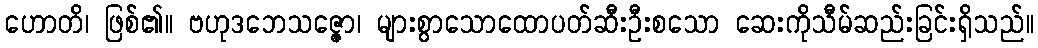
ဟောတိ၊ ဖြစ်၏။ ဗဟုဒဘေသဇ္ဇော၊ များစွာသောထောပတ်ဆီးဦးစသော ဆေးကိုသီမ်ဆည်းခြင်းရှိသည်။